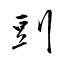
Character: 剅